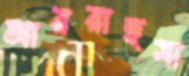
আররাহমা